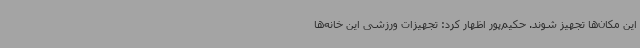
این مکان‌ها تجهیز شوند. حکیم‌پور اظهار کرد: تجهیزات ورزشی این خانه‌ها